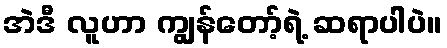
အဲဒီ လူဟာ ကျွန်တော့်ရဲ့ ဆရာပါပဲ။